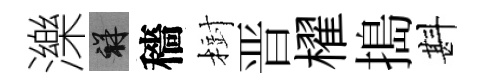
濼祥穡𣗳晋櫂搗斟